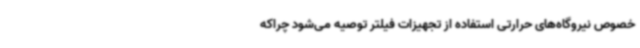
خصوص نیروگاه‌های حرارتی استفاده از تجهیزات فیلتر توصیه می‌شود چراکه